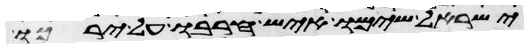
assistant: ישראל שימו איש חרבו על ירכו